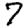
Digit: 7